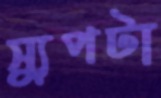
স্যুপটা